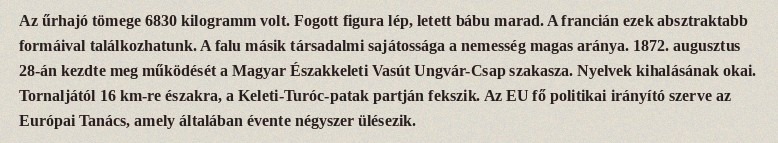
Az űrhajó tömege 6830 kilogramm volt. Fogott figura lép, letett bábu marad. A francián ezek absztraktabb formáival találkozhatunk. A falu másik társadalmi sajátossága a nemesség magas aránya. 1872. augusztus 28-án kezdte meg működését a Magyar Északkeleti Vasút Ungvár-Csap szakasza. Nyelvek kihalásának okai. Tornaljától 16 km-re északra, a Keleti-Turóc-patak partján fekszik. Az EU fő politikai irányító szerve az Európai Tanács, amely általában évente négyszer ülésezik.